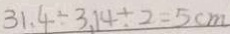
3 1 . 4 \div 3 . 1 4 \div 2 = 5 c m